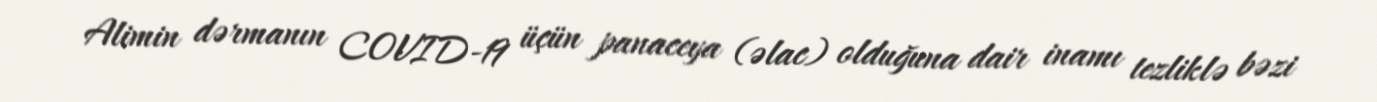
Alimin dərmanın COVID-19 üçün panaceya (əlac) olduğuna dair inamı tezliklə bəzi